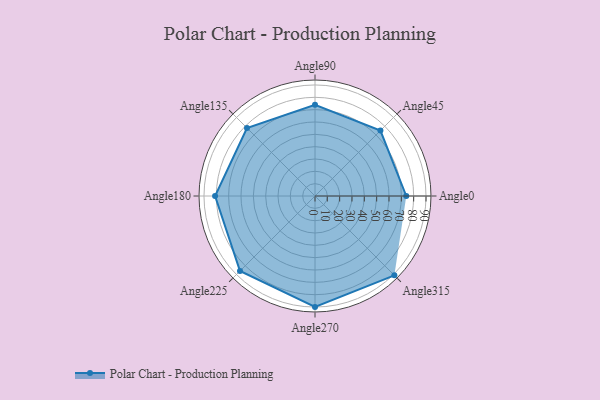
{"axis": {"x": "Angle", "y": "Radius"}, "legend": [""], "data": [{"x": "Angle0", "y": 74.0, "type": ""}, {"x": "Angle45", "y": 75.0, "type": ""}, {"x": "Angle90", "y": 74.0, "type": ""}, {"x": "Angle135", "y": 78.0, "type": ""}, {"x": "Angle180", "y": 81.0, "type": ""}, {"x": "Angle225", "y": 86.0, "type": ""}, {"x": "Angle270", "y": 90.0, "type": ""}, {"x": "Angle315", "y": 91.0, "type": ""}]}